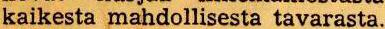
kaikesta mahdollisesta tavarasta.